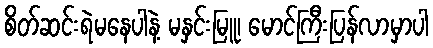
စိတ်ဆင်းရဲမနေပါနဲ့ မနှင်းမြူ၊ မောင်ကြီးပြန်လာမှာပါ